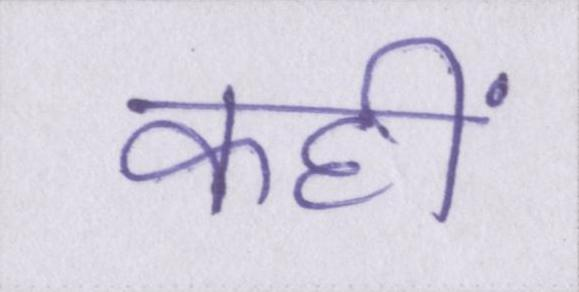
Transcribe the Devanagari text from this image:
कहीं